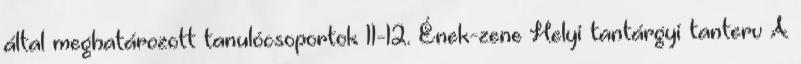
által meghatározott tanulócsoportok 11-12. Ének-zene Helyi tantárgyi tanterv A